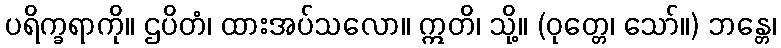
ပရိက္ခရာကို။ ဌပိတံ၊ ထားအပ်သလော။ ဣတိ၊ သို့။ (ဝုတ္တေ၊ သော်။) ဘန္တေ၊